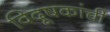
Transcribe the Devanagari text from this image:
विदूषकांची